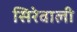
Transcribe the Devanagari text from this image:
सिरेवाली